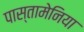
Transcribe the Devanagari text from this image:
पास्तामेनिया